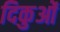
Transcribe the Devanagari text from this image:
दिकुओं